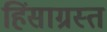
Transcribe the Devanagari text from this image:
हिंसाग्रस्त